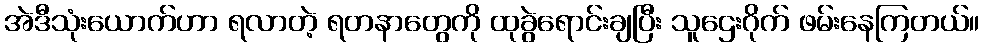
အဲဒီသုံးယောက်ဟာ ရလာတဲ့ ရတနာတွေကို ထုခွဲရောင်းချပြီး သူဌေးဂိုက် ဖမ်းနေကြတယ်။